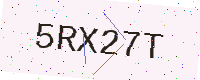
Text: 5RX27T